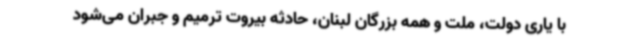
با یاری دولت، ملت و همه بزرگان لبنان، حادثه بیروت ترمیم و جبران می‌شود